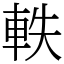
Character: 軼